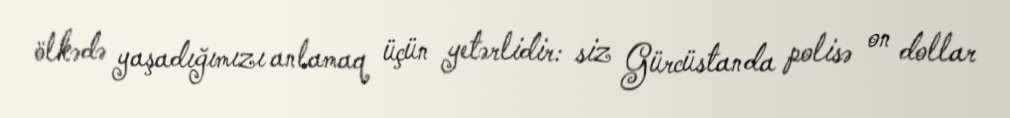
ölkədə yaşadığımızı anlamaq üçün yetərlidir: siz Gürcüstanda polisə on dollar